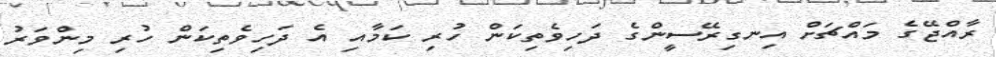
ރާއްޖޭގެ މައްޗަށް އިނގިރޭސީންގެ ދަހިވެތިކަން ހުރި ކަމާއި އެ ދަހިވެތިކަން ހުރި މިންވަރު